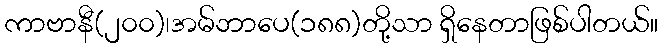
ကာဗာနီ(၂၀၀)၊အမ်ဘာပေ(၁၈၈)တို့သာ ရှိနေတာဖြစ်ပါတယ်။